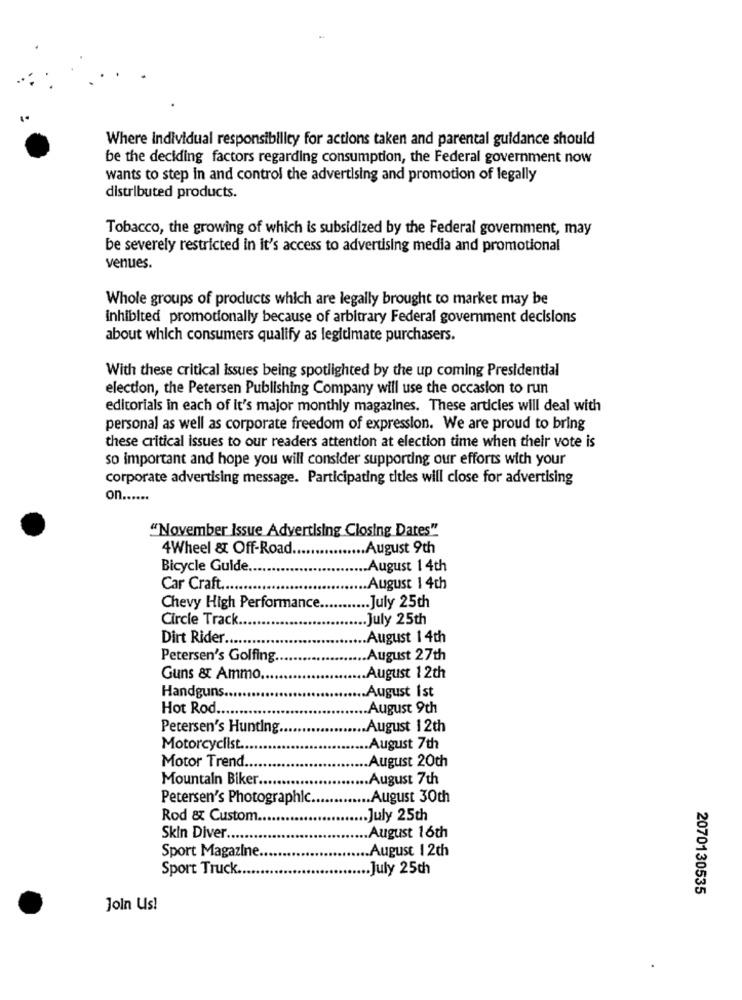
Where Individual responsibility for actions taken and parental guidance should
be the deciding factors regarding consumption, the Federal government now
wants to step in and control the advertising and promotion of legally
distributed products.
Tobacco, the growing of which is subsidized by the Federal government, may
be severely restricted in it's access to advertising media and promotional
venues.
Whole groups of products which are legally brought to market may be
inhibited promotionally because of arbitrary Federal government decisions
about which consumers qualify as legitimate purchasers.
With these critical issues being spotlighted by the up coming Presidential
election, the Petersen Publishing Company will use the occasion to run
editorials in each of it's major monthly magazines. These articles will deal with
personal as well as corporate freedom of expression. We are proud to bring
these critical issues to our readers attention at election time when their vote is
so important and hope you will consider supporting our efforts with your
corporate advertising message. Participating titles will close for advertising
on ......
"November Issue Advertising Closing Dates".
4Wheel & Off-Road
... August 9th
Bicycle Guide.
... August 14th
Car Craft ...
... August 1 4th
Chevy High Performance.
.July 25th
Circle Track.
.. July 25th
Dirt Rider .....
.August 14th
Petersen's Golfing.
.August 27th
Guns & Ammo ..
August 12th
.August 1st
Handguns ...
Hot Rod ...
August 9th
Petersen's Hunting.
.. August 12th
Motorcyclist ...
.. August 7th
Motor Trend
.August 20th
Mountain Biker ..
.. August 7th
Petersen's Photographic.
.August 30th
Rod & Custom ....
.. July 25th
Skin Diver ....
.August 16th
Sport Magazine
.August 12th
Sport Truck ..
July 25th
2070130535
Join Us!